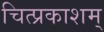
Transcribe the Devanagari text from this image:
चित्प्रकाशम्‌